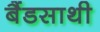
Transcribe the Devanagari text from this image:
बैंडसाथी